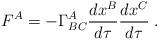
LaTeX: \begin{align*}F^A=-\Gamma _{BC}^A\frac{dx^B}{d\tau }\frac{dx^C}{d\tau }\;. \end{align*}